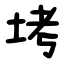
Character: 㘼